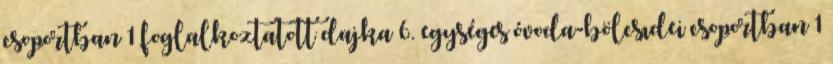
csoportban 1 foglalkoztatott dajka 6. egységes óvoda-bölcsıdei csoportban 1